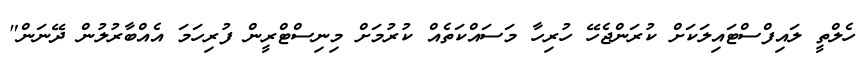
ހެލްތީ ލައިފްސްޓައިލަކަށް ކުރަންޖެހޭ ހުރިހާ މަސައްކަތެއް ކުރުމަށް މިނިސްޓްރީން ފުރިހަމަ އެއްބާރުލުން ދޭނަން"